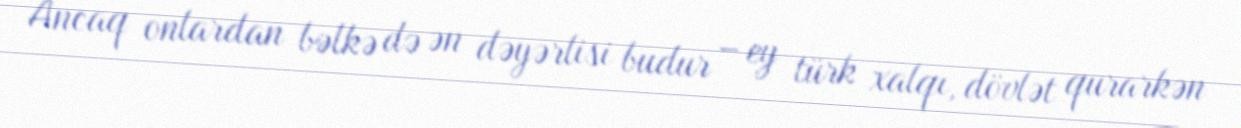
Ancaq onlardan bəlkə də ən dəyərlisi budur – ey türk xalqı, dövlət qurarkən